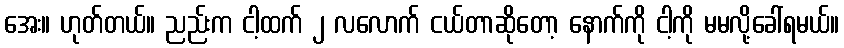
အေး။ ဟုတ်တယ်။ ညည်းက ငါ့ထက် ၂ လလောက် ငယ်တာဆိုတော့ နောက်ကို ငါ့ကို မမလို့ခေါ်ရမယ်။